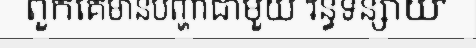
ពួកគេមានបញ្ហាជាមួយ 'រន្ធទន្សាយ'